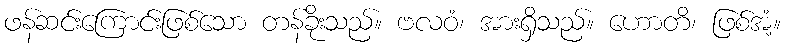
ဖန်ဆင်းကြောင်းဖြစ်သော တန်ခိုးသည်။ ဗလဝံ၊ အားရှိသည်။ ဟောတိ၊ ဖြစ်အံ့။